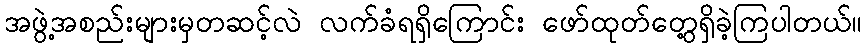
အဖွဲ့အစည်းများမှတဆင့်လဲ လက်ခံရရှိကြောင်း ဖော်ထုတ်တွေ့ရှိခဲ့ကြပါတယ်။